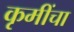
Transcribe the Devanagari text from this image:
कृमींचा